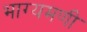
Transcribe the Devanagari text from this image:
भाग्यमणी